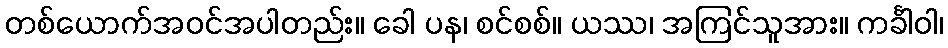
တစ်ယောက်အဝင်အပါတည်း။ ခေါ ပန၊ စင်စစ်။ ယဿ၊ အကြင်သူအား။ ကင်္ခါဝါ၊